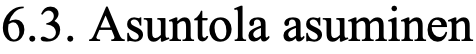
6.3. Asuntola asuminen